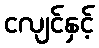
ငလျင်နှင့်